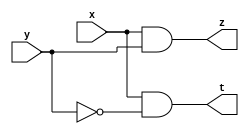
module Det1(x,y,z,t);
input x,y;
output z,t;
wire n;
and(z,x,y);
not(n,y);
and(t,x,n);
endmodule

module Detectb1(a,b);
input[23:0] a;
output[23:0] b;
wire m[23:1];
assign b[23]=a[23];
not(m1,a[23]);
Det1 s1(m1,a[22],b[22],m2);
Det1 s2(m2,a[21],b[21],m3);
Det1 s3(m3,a[20],b[20],m4);
Det1 s4(m4,a[19],b[19],m5);
Det1 s5(m5,a[18],b[18],m6);
Det1 s6(m6,a[17],b[17],m7);
Det1 s7(m7,a[16],b[16],m8);
Det1 s8(m8,a[15],b[15],m9);
Det1 s9(m9,a[14],b[14],m10);
Det1 s10(m10,a[13],b[13],m11);
Det1 s11(m11,a[12],b[12],m12);
Det1 s12(m12,a[11],b[11],m13);
Det1 s13(m13,a[10],b[10],m14);
Det1 s14(m14,a[9],b[9],m15);
Det1 s15(m15,a[8],b[8],m16);
Det1 s16(m16,a[7],b[7],m17);
Det1 s17(m17,a[6],b[6],m18);
Det1 s18(m18,a[5],b[5],m19);
Det1 s19(m19,a[4],b[4],m20);
Det1 s20(m20,a[3],b[3],m21);
Det1 s21(m21,a[2],b[2],m22);
Det1 s22(m22,a[1],b[1],m23);
and(b[0],a[0],m23);
endmodule

module log2detc(A,Z);
input[23:0] A;
output [4:0] Z;
or(Z[0],A[1],A[3],A[5],A[7],A[9],A[11],A[13],A[15],A[17],A[19],A[21],A[23]);
or(Z[1],A[2],A[3],A[6],A[7],A[10],A[11],A[14],A[15],A[18],A[19],A[22],A[23]);
or(Z[2],A[4],A[5],A[6],A[7],A[12],A[13],A[14],A[15],A[20],A[21],A[22],A[23]);
or(Z[3],A[8],A[9],A[10],A[11],A[12],A[13],A[14],A[15]);
or(Z[4],A[16],A[17],A[18],A[19],A[20],A[21],A[22],A[23]);
endmodule

module fadder(x1, y1, cin, s, cout);
input x1, y1, cin;
output s, cout;
wire m1,m2,m3;
xor(m1,x1,y1);
xor(s,cin,m1);
and(m2,cin,m1);
and(m3,x1,y1);
or(cout,m3,m2);
endmodule

module add5b(a2, b2, ci2, s2, cout2); 
input[4:0] a2,b2;
input ci2; 
output[4:0] s2;
output cout2;
wire[3:0] w;
wire[4:0] t;
xor(t[0], b2[0], ci2);
xor(t[1], b2[1], ci2);
xor(t[2], b2[2], ci2);
xor(t[3], b2[3], ci2);
xor(t[4], b2[4], ci2);
fadder fadder1(a2[0], t[0], ci2, s2[0],w[0]);
fadder fadder2(a2[1], t[1], w[0], s2[1],w[1]);
fadder fadder3(a2[2], t[2], w[1], s2[2],w[2]);
fadder fadder4(a2[3], t[3], w[2], s2[3],w[3]);
fadder fadder5(a2[4], t[4], w[3], s2[4],cout2);
endmodule

module normalize(X,Y);	
input[23:0] X;
output[4:0] Y;
wire[23:0] N;
wire[4:0] T;
wire Co;
Detectb1 Det1f(X,N);            //Pht hin s 1 u tin, cc s 1 sau n u thnh 0
log2detc logaritcs2(N,T);
add5b tru5b(5'd23,T,1'b1,Y[4:0],Co);
endmodule